Indian journal of veterinary science and animal husbandry - Volume 5,
Year: 1935
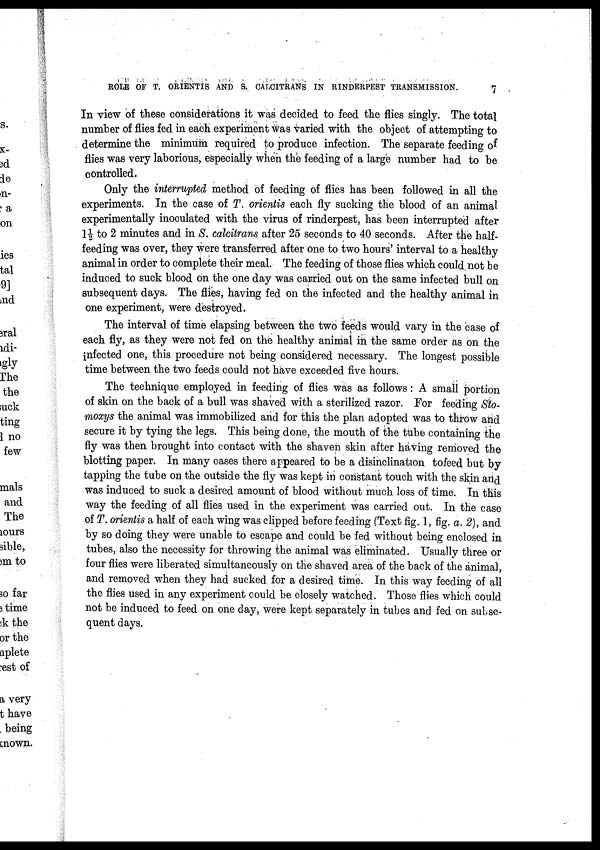
ROLE OF T. ORIENTIS AND S.CALCITRANS IN RINDERPEST TRANSMISSION.
7
In view of these considerations it was decided to feed the flies singly. The total
number of flies fed in each experiment was varied with the object of attempting to
determine the minimum required to produce infection. The separate feeding of
flies was very laborious, especially when the feeding of a large number had to be
controlled.
Only the interrupted method of feeding of flies has been followed in all the
experiments. In the case of T. orientis each fly sucking the blood of an animal
experimentally inoculated with the virus of rinderpest, has been interrupted after
1½ to 2 minutes and in S. calcitrans after 25 seconds to 40 seconds. After the half-
feeding was over, they were transferred after one to two hours' interval to a healthy
animal in order to complete their meal. The feeding of those flies which could not be
induced to suck blood on the one day was carried out on the same infected bull on
subsequent days. The flies, having fed on the infected and the healthy animal in
one experiment, were destroyed.
The interval of time elapsing between the two feeds would vary in the case of
each fly, as they were not fed on the healthy animal in the same order as on the
infected one, this procedure not being considered necessary. The longest possible
time between the two feeds could not have exceeded five hours.
The technique employed in feeding of flies was as follows : A small portion
of skin on the back of a bull was shaved with a sterilized razor. For feeding Sto¬
moxys the animal was immobilized and for this the plan adopted was to throw and
secure it by tying the legs. This being done, the mouth of the tube containing the
fly was then brought into contact with the shaven skin after having removed the
blotting paper. In many cases there appeared to be a disinclination to feed but by
tapping the tube on the outside the fly was kept in constant touch with the skin and
was induced to suck a desired amount of blood without much loss of time. In this
way the feeding of all flies used in the experiment was carried out. In the case
of T. orientis a half of each wing was clipped before feeding (Text fig. 1, fig. a. 2), and
by so doing they were unable to escape and could be fed without being enclosed in
tubes, also the necessity for throwing the animal was eliminated. Usually three or
four flies were liberated simultaneously on the shaved area of the back of the animal,
and removed when they had sucked for a desired time. In this way feeding of all
the flies used in any experiment could be closely watched. Those flies which could
not be induced to feed on one day, were kept separately in tubes and fed on subse-
quent days.